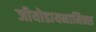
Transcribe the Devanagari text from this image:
जीयोडायनामिक्स